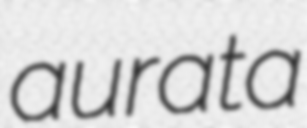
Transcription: aurata